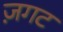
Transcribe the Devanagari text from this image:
ज़गट